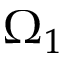
\Omega _ { 1 }